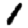
Digit: 1